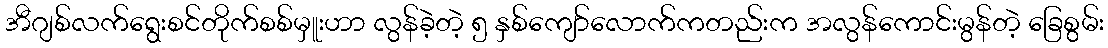
အီဂျစ်လက်ရွေးစင်တိုက်စစ်မှူးဟာ လွန်ခဲ့တဲ့ ၅ နှစ်ကျော်လောက်ကတည်းက အလွန်ကောင်းမွန်တဲ့ ခြေစွမ်း